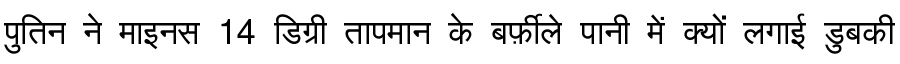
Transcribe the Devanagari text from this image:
पुतिन ने माइनस 14 डिग्री तापमान के बर्फ़ीले पानी में क्यों लगाई डुबकी